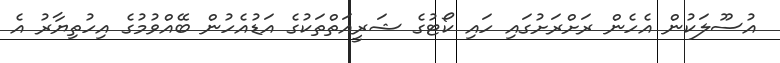
އުސޫލަކުން އެހެން ރަށްރަށުގައި ހައި ކޯޓުގެ ޝަރީއަތްތަކުގެ އަޑުއެހުން ބޭއްވުމުގެ އިހުތިޔާރު އެ